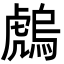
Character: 䖚